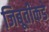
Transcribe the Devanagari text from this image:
जिबूतीकडे